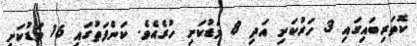
ކޮތަރިބައިގައި 3 ހަރުކަށި އަދި 8 މަޑުކަށި ހުރެއެވެ. ކަންފަތުގައި 16 މަޑުކަށި